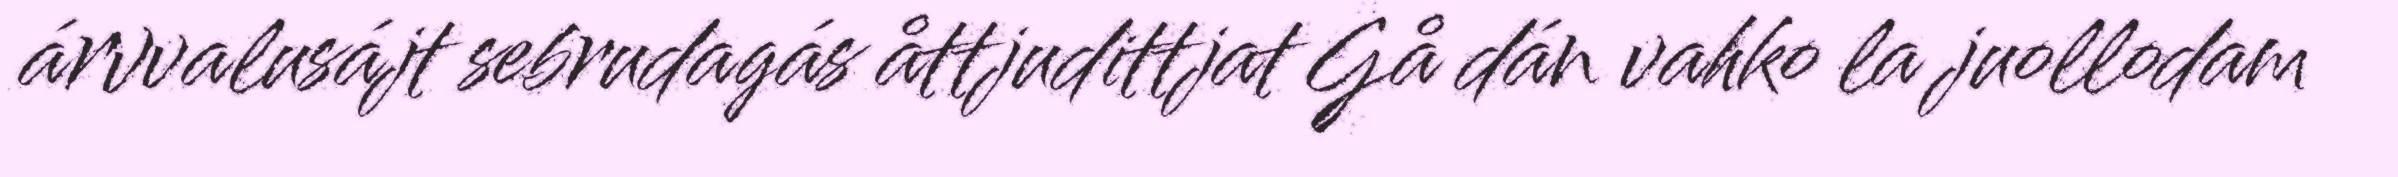
árvvalusájt sebrudagás åttjudittjat Gå dán vahko la juollodam